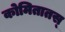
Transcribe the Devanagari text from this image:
कोमितातस्